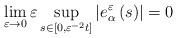
LaTeX: \begin{align*}\lim_{\varepsilon \rightarrow 0}\varepsilon \sup_{s\in \left[ 0,\varepsilon^{-2}t\right] }\left\vert e_{\alpha }^{\varepsilon }\left( s\right)\right\vert =0 \end{align*}